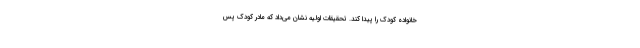
خانواده کودک را پیدا کند. تحقیقات اولیه نشان می‌داد که مادر کودک پس